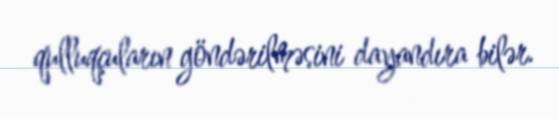
qulluqçuların göndərilməsini dayandıra bilər.